Vaccination in Bombay 1889-1901 - 1889-1901
Year: 1889
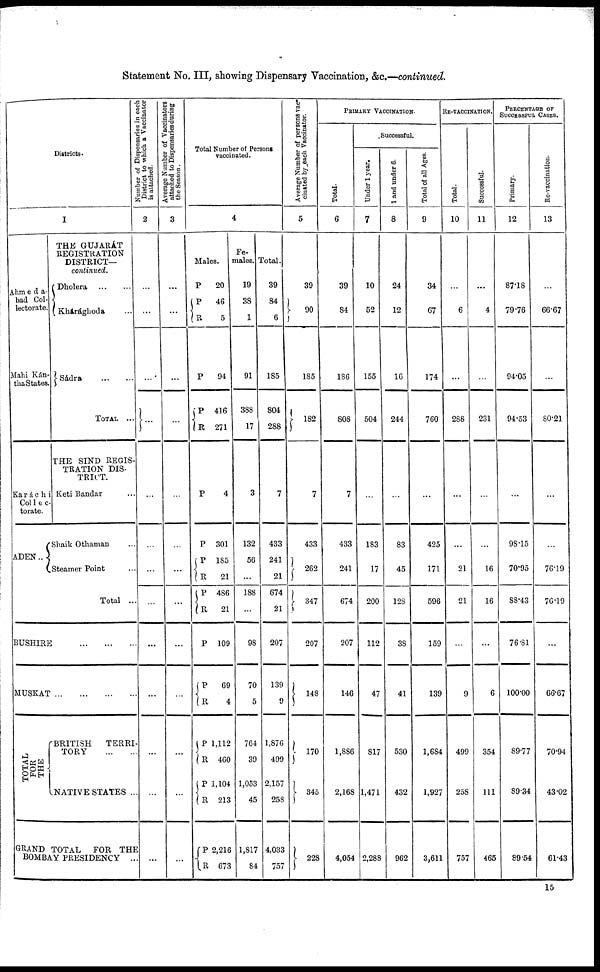
Statement No. III, showing Dispensary Vaccination, &c.—continued.
Districts.
I
Ahmeda-
bad Col-
lectorate.
Mahi Kán-
tha States.
Karáchi
Col1ec-
torate.
ADEN..
THE GUJARÁT
REGISTRATION
DISTRICT—
continued.
Dholera
...
...
Khárághoda ...
Sádra
...
...
TOTAL ...
THE SIND REGIS-
TRATION DIS-
TRICT.
Keti Bandar ...
Shaik Othaman ...
Steamer Point ...
Total ...
BUSHIRE ... ... ...
MUSKAT
...
...
...
...
TOTAL
FOR
THE
BRITISH
TERRI-
TORY
...
...
NATIVE STATES ..
GRAND TOTAL
FOR THE
BOMBAY PRESIDENCY ...
Number of Dispensaries in each
District to which a Vaccinator
is attached.
2
...
...
...
...
...
...
...
...
...
...
...
...
...
Average Number of Vaccinators
attached to Dispensaries during
the Season.
3
...
...
...
...
...
...
...
...
...
...
...
...
Total Number of Persons
vaccinated.
4
Males.
P
P
R
P
P
R
P
P
P
R
P
R
P
P
R
P
R
P
R
P
R
20
46
5
94
416
271
4
301
185
21
486
21
109
69
4
1,112
460
1,104
213
2,216
673
Fe-
males.
19
38
1
91
388
17
3
132
56
...
188
...
98
70
5
764
39
1,053
45
1,817
84
Total.
39
84
6
185
804
288
7
433
241
21
674
21
207
139
9
1,876
499
2,157
258
4,033
757
Average Number of persons vac-
cinated by each Vaccinator.
5
39
90
185
182
7
433
262
347
207
148
170
345
228
PRIMARY VACCINATION.
Total.
6
39
84
186
808
7
433
241
674
207
146
1,886
2,168
4,054
Successful.
Under 1 year.
7
10
52
155
504
...
183
17
200
112
47
817
1,471
2,288
1 and under 6.
8
24
12
16
244
...
83
45
128
38
41
530
432
962
Total of all Ages.
9
34
67
174
760
...
425
171
596
159
139
1,684
1,927
3,611
RE-VACCINATION.
Total.
10
...
6
...
288
...
...
21
21
...
9
499
258
757
Successful.
11
...
4
...
231
...
...
16
16
...
6
354
111
465
PERCENTAGE OF
SUCCESSFUL CASES.
Primary.
12
87.18
79.76
94.05
94.53
...
98.15
70.95
88.43
76.81
100.00
89.77
89.34
89.54
Re-vaccination.
13
...
66.67
...
80.21
...
...
76.19
76.19
...
66.67
70.94
43.02
61.43
15